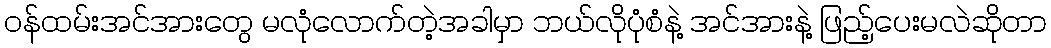
ဝန်ထမ်းအင်အားတွေ မလုံလောက်တဲ့အခါမှာ ဘယ်လိုပုံစံနဲ့ အင်အားနဲ့ ဖြည့်ပေးမလဲဆိုတာ